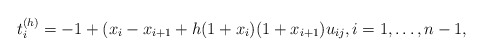
\begin{gather*} t_i^{(h)}=-1+(x_i-x_{i+1}+ h(1+x_i)(1+x_{i+1}) u_{ij}, i=1,\ldots,n-1, \end{gather*}